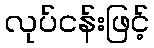
လုပ်ငန်းဖြင့်